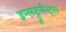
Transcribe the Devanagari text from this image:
इन्सट्रुमैन्ट्स